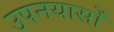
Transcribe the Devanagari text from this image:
उपनयासों